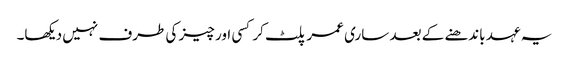
یہ عہد باندھنے کے بعد ساری عمر پلٹ کر کسی اور چیز کی طرف نہیں دیکھا۔